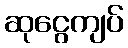
ဆုငွေကျပ်